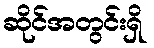
ဆိုင်အတွင်းရှိ